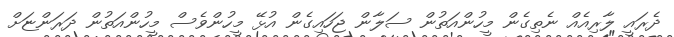
ދެރައީ ލާރިއެއް ނެތިގެން މީހުންއަތުން ސަލާން ޖަހައިގެން އުޅޭ މީހުންވެސް މީހުންއަތުން ދަރަންޏަށް